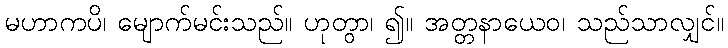
မဟာကပိ၊ မျောက်မင်းသည်။ ဟုတွာ၊ ၍။ အတ္တနာယေဝ၊ သည်သာလျှင်။